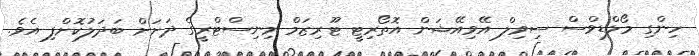
ހިންގި މޯލްޑިވްސް ސިވިލް އޭވިއޭޝަން އޮތޯރިޓީ ޓޫރިޒަމް މިނިސްޓްރީގެ ދަށަށް ބަދަލުކޮށްފި އެވެ.